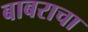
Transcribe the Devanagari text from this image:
बाबराचा